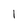
Character: 1